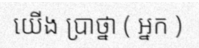
យើង ប្រាថ្នា ( អ្នក )